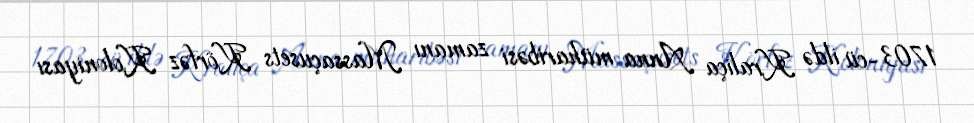
1703-cü ildə Kraliça Anna müharibəsi zamanı Massaçusets Körfəz Koloniyası